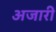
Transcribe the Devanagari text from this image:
अजारी